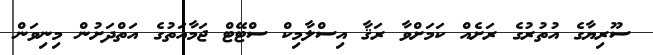
ސޫރިޔާގެ އުތުރުގެ ރަށެއް ކަމަށްވާ ރަޤާ އިސްލާމިކް ސްޓޭޓް ޖަމާއަތުގެ އަތްދަށުން މިނިވަން